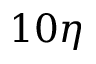
1 0 \eta